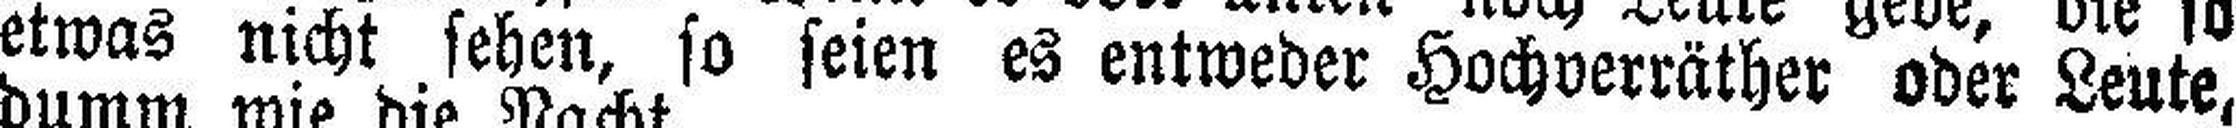
etwas nicht sehen, so seien es entweder Hochverräther oder Leute,